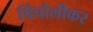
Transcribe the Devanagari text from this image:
चिंचोलीकर